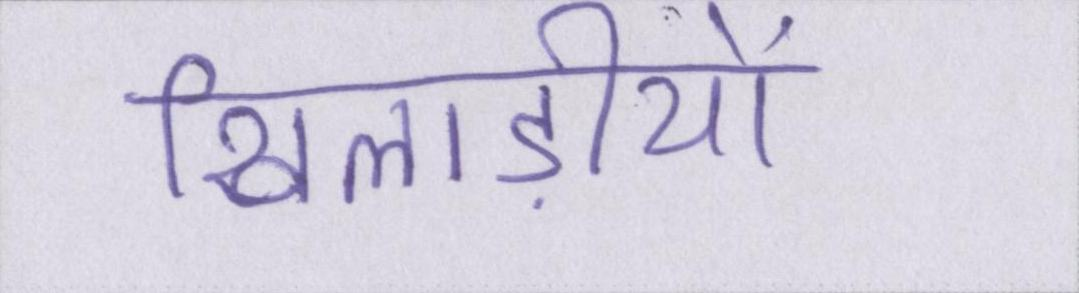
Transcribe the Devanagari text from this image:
खिलाड़ीयों